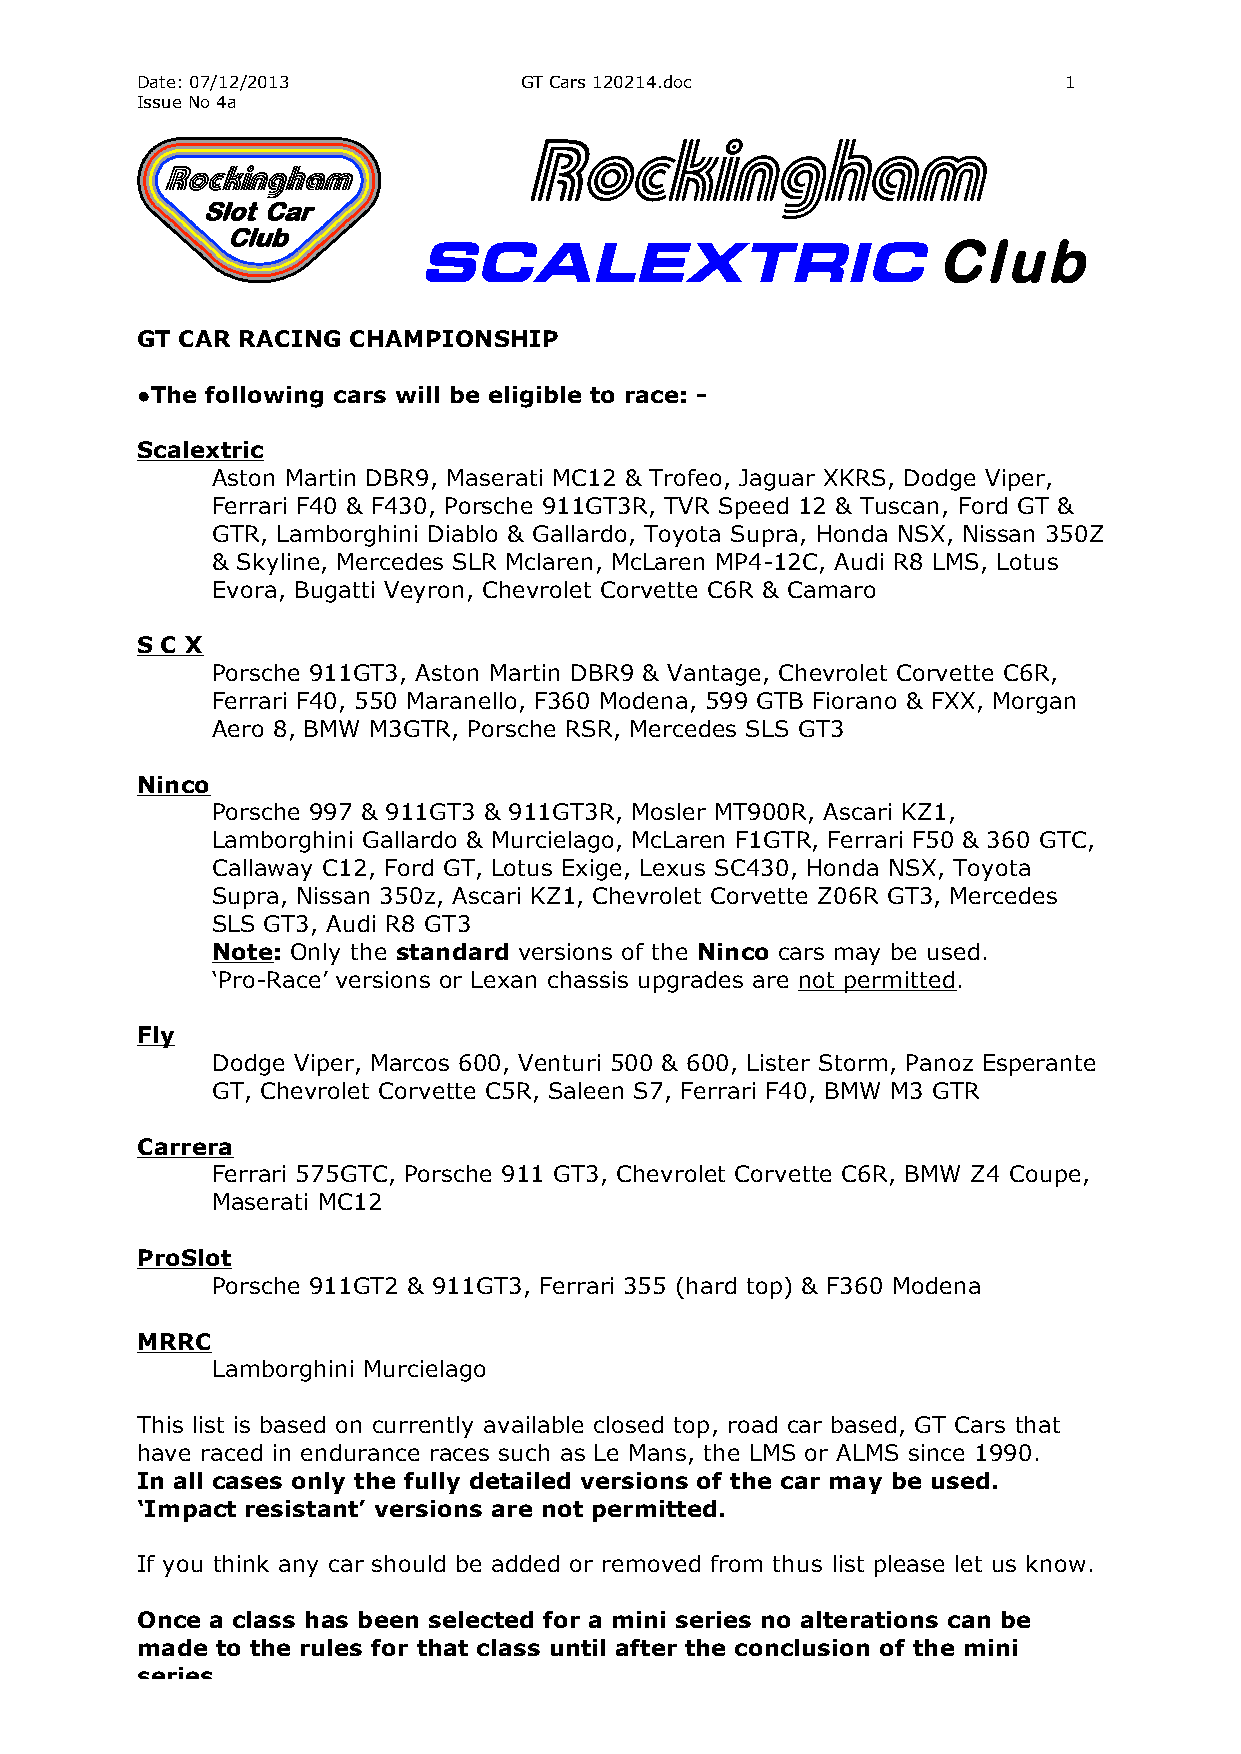
Date: 07/12/2013         GT Cars 120214.doc                  1
 Issue No 4a
 Rockingham
 SCALEXTRIC                        Club
 GT CAR RACING CHAMPIONSHIP
 ●The following cars will be eligible to race: -
 Scalextric
 Aston Martin DBR9, Maserati MC12 & Trofeo, Jaguar XKRS, Dodge Viper,
 Ferrari F40 & F430, Porsche 911GT3R, TVR Speed 12 & Tuscan, Ford GT &
 GTR, Lamborghini Diablo & Gallardo, Toyota Supra, Honda NSX, Nissan 350Z
 & Skyline, Mercedes SLR Mclaren, McLaren MP4-12C, Audi R8 LMS, Lotus
 Evora, Bugatti Veyron, Chevrolet Corvette C6R & Camaro
 S C X
 Porsche 911GT3, Aston Martin DBR9 & Vantage, Chevrolet Corvette C6R,
 Ferrari F40, 550 Maranello, F360 Modena, 599 GTB Fiorano & FXX, Morgan
 Aero 8, BMW M3GTR, Porsche RSR, Mercedes SLS GT3
 Ninco
 Porsche 997 & 911GT3 & 911GT3R, Mosler MT900R, Ascari KZ1,
 Lamborghini Gallardo & Murcielago, McLaren F1GTR, Ferrari F50 & 360 GTC,
 Callaway C12, Ford GT, Lotus Exige, Lexus SC430, Honda NSX, Toyota
 Supra, Nissan 350z, Ascari KZ1, Chevrolet Corvette Z06R GT3, Mercedes
 SLS GT3, Audi R8 GT3
 Note: Only the standard versions of the Ninco cars may be used.
 ‘Pro-Race’ versions or Lexan chassis upgrades are not permitted.
 Fly
 Dodge Viper, Marcos 600, Venturi 500 & 600, Lister Storm, Panoz Esperante
 GT, Chevrolet Corvette C5R, Saleen S7, Ferrari F40, BMW M3 GTR
 Carrera
 Ferrari 575GTC, Porsche 911 GT3, Chevrolet Corvette C6R, BMW Z4 Coupe,
 Maserati MC12
 ProSlot
 Porsche 911GT2 & 911GT3, Ferrari 355 (hard top) & F360 Modena
 MRRC
 Lamborghini Murcielago
 This list is based on currently available closed top, road car based, GT Cars that
 have raced in endurance races such as Le Mans, the LMS or ALMS since 1990.
 In all cases only the fully detailed versions of the car may be used.
 ‘Impact resistant’ versions are not permitted.
 If you think any car should be added or removed from thus list please let us know.
 Once a class has been selected for a mini series no alterations can be
 made to the rules for that class until after the conclusion of the mini
 series.